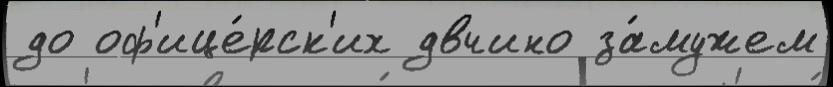
до оф'ице́рск'их двчино за́мужем